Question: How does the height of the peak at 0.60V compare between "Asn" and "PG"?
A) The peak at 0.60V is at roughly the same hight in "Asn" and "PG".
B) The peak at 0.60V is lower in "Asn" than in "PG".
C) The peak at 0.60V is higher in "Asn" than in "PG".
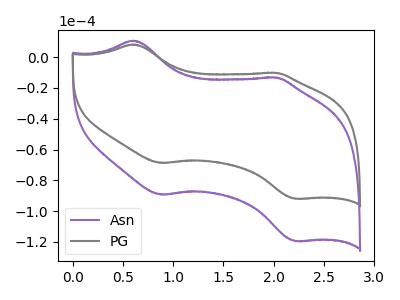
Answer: <think>The purple curve "Asn" has anodic peaks at (0.60V, 10.75uA) (2.00V, -13.20uA) and cathodic peaks at (0.90V, -89.35uA) (2.20V, -119.60uA). The gray curve "PG" has anodic peaks at (0.60V, 8.30uA) (2.00V, -10.15uA) and cathodic peaks at (0.90V, -68.75uA) (2.20V, -92.00uA).</think>
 <answer>C) The peak at 0.60V is higher in "Asn" than in "PG".</answer>
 <eval>C</eval>